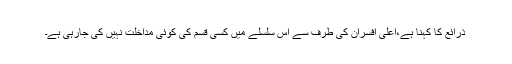
ذرائع کا کہنا ہے،اعلی افسران کی طرف سے اس سلسلے میں کسی قسم کی کوئی مداخلت نہیں کی جارہی ہے۔